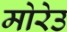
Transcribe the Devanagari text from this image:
मोरेउ